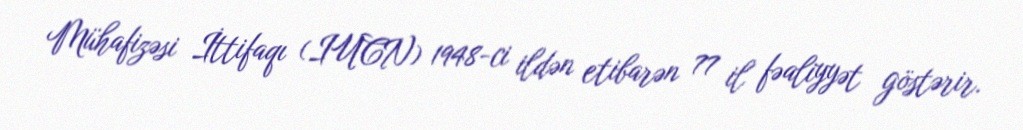
Mühafizəsi İttifaqı (IUCN) 1948-ci ildən etibarən 77 il fəaliyyət göstərir.